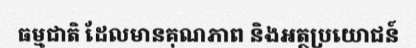
ធម្មជាតិ ដែលមានគុណភាព និងអត្ថប្រយោជន៍